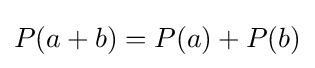
P(a+b)=P(a)+P(b)